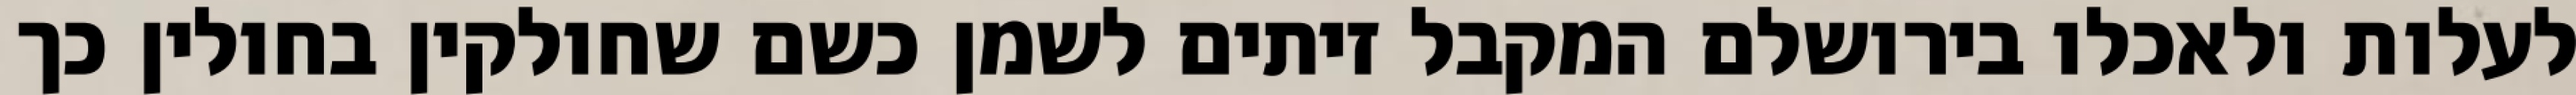
לעלות ולאכלו בירושלם המקבל זיתים לשמן כשם שחולקין בחולין כך